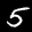
Label: 5